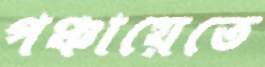
পঞ্চায়েতে